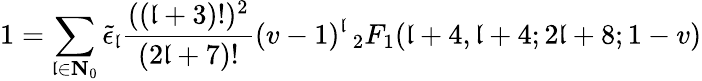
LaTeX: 1=\sum_{\mathfrak{l}\in\mathbf{{N}}_{0}}\tilde{{\epsilon}}_{\mathfrak{l}}\frac{{((\mathfrak{l}+3)!)^{2}}}{{(2\mathfrak{l}+7)!}}(v-1)^{\mathfrak{l}}\, _{2}F_{1}(\mathfrak{l}+4,\mathfrak{l}+4;2\mathfrak{l}+8;1-v)